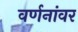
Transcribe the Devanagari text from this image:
वर्णनांवर